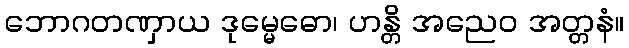
ဘောဂတဏှာယ ဒုမ္မေဓော၊ ဟန္တိ အညေဝ အတ္တနံ။